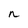
Character: n